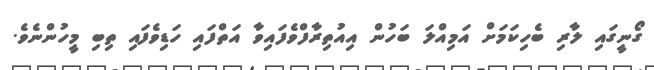
ގޯނީގައި ލާރި ބެހިކަމަށް އަމިއްލަ ބަހުން އިއުތިރާފްވެފައިވާ އަތްފައި ހަޑިވެފައި ތިބި މީހުންނެވެ.